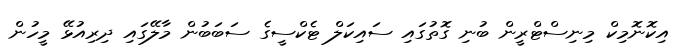
އިކޮނޮމިކް މިނިސްޓްރީން ބުނި ގޮތުގައި ސައިކަލް ޓެކްސީގެ ސަބަބުން މާލޭގައި ދިރިއުޅޭ މީހުން